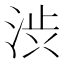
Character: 渋